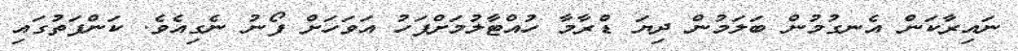
ނައިރާކަން އެނގުމުން ބަލަމުން ދިޔަ ޑްރާމާ ހުއްޓާލުމަށްފަހު އަވަހަށް ފޯނު ނެގިއެވެ. ކަންފަތުގައި